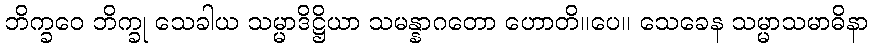
ဘိက္ခဝေ ဘိက္ခု သေခါယ သမ္မာဒိဋ္ဌိယာ သမန္နာဂတော ဟောတိ။ပေ။ သေခေန သမ္မာသမာဓိနာ